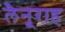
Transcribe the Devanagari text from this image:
लैनूराह